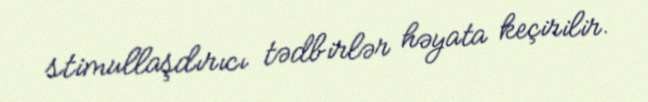
stimullaşdırıcı tədbirlər həyata keçirilir.